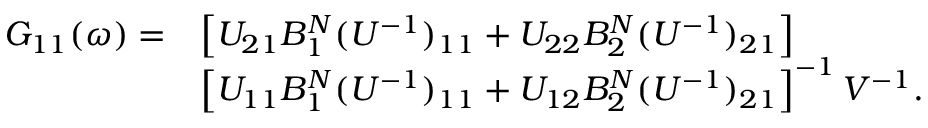
\begin{array} { r l } { G _ { 1 1 } ( \omega ) = } & { \left[ U _ { 2 1 } B _ { 1 } ^ { N } ( U ^ { - 1 } ) _ { 1 1 } + U _ { 2 2 } B _ { 2 } ^ { N } ( U ^ { - 1 } ) _ { 2 1 } \right] } \\ & { \left[ U _ { 1 1 } B _ { 1 } ^ { N } ( U ^ { - 1 } ) _ { 1 1 } + U _ { 1 2 } B _ { 2 } ^ { N } ( U ^ { - 1 } ) _ { 2 1 } \right] ^ { - 1 } V ^ { - 1 } . } \end{array}